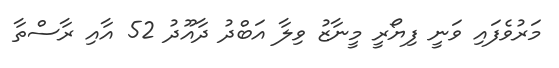
މަރުވެފައި ވަނީ ފިޔޯރީ މީނާޒު ވިލާ އަބްދު ދާއޫދު 52 އާއި ރާސްތާ